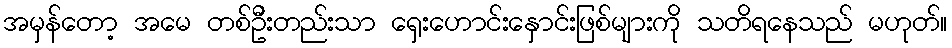
အမှန်တော့ အမေ တစ်ဦးတည်းသာ ရှေးဟောင်းနှောင်းဖြစ်များကို သတိရနေသည် မဟုတ်။